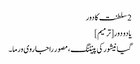
2 سلطنت کا دور
یادو دور[ترمیم]
گیانیشور کی پینٹنگ، مصور راجا روی ورما۔